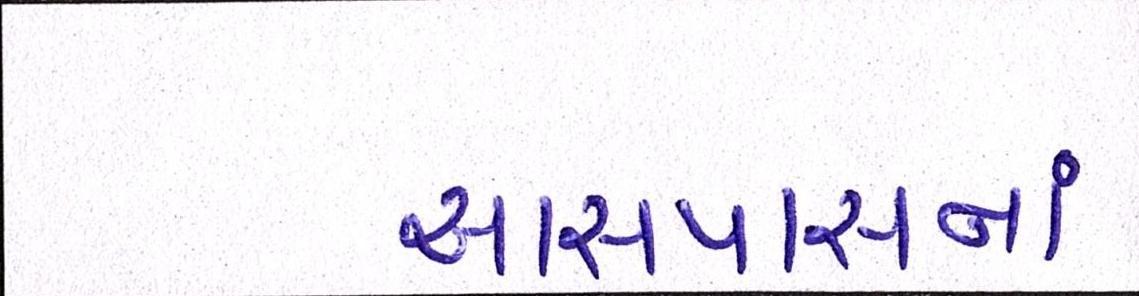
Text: આસપાસનાં